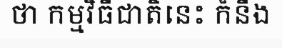
ថា កម្មវិធីជាតិនេះ ក៏នឹង